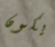
يكون